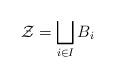
LaTeX: \begin{align*}\mathcal{Z} = \bigsqcup_{i \in I} B_i\end{align*}